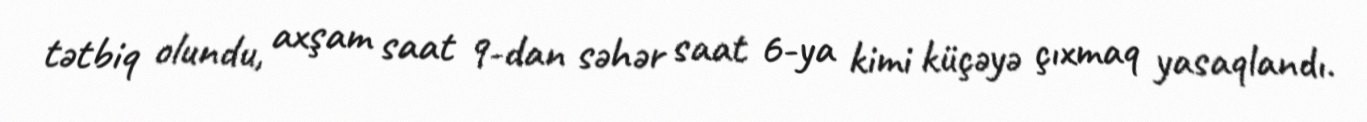
tətbiq olundu, axşam saat 9-dan səhər saat 6-ya kimi küçəyə çıxmaq yasaqlandı.